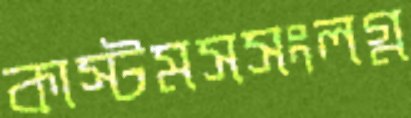
কাস্টমসসংলগ্ন